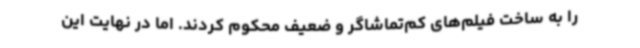
را به ساخت فیلم‌های کم‌تماشاگر و ضعیف محکوم کردند. اما در نهایت این